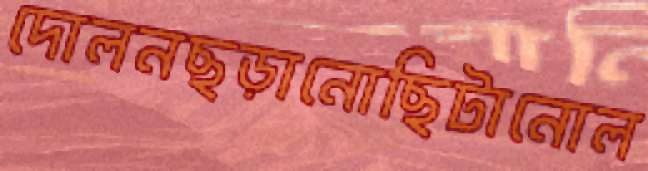
দোলনছড়ানোছিটানোল